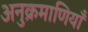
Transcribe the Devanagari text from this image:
अनुक्रमाणियाँ